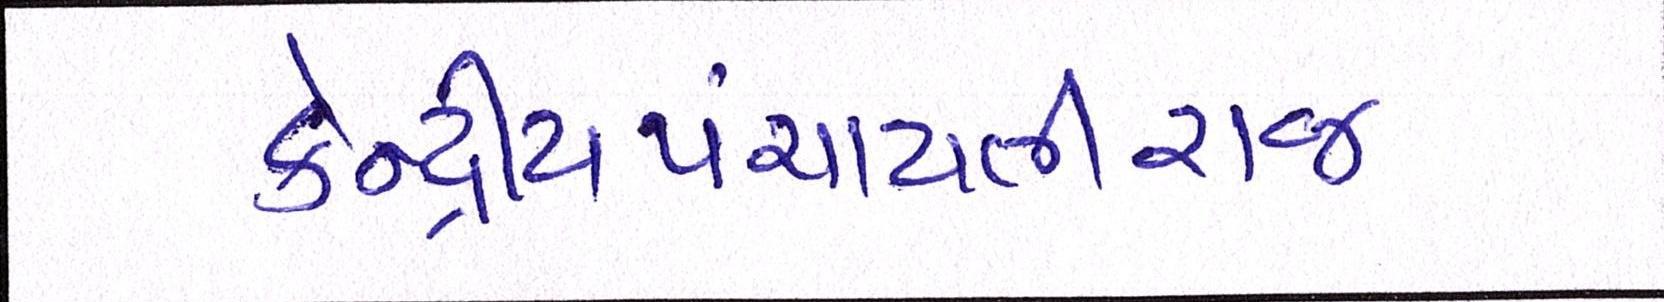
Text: કેન્દ્રીયપંચાયતીરાજ